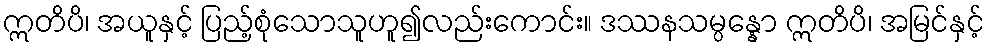
ဣတိပိ၊ အယူနှင့် ပြည့်စုံသောသူဟူ၍လည်းကောင်း။ ဒဿနသမ္ပန္နော ဣတိပိ၊ အမြင်နှင့်